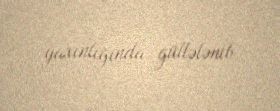
yaxınlığında güllələnib.